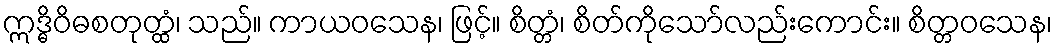
ဣဒ္ဓိဝိဓစတုတ္ထံ၊ သည်။ ကာယဝသေန၊ ဖြင့်။ စိတ္တံ၊ စိတ်ကိုသော်လည်းကောင်း။ စိတ္တဝသေန၊